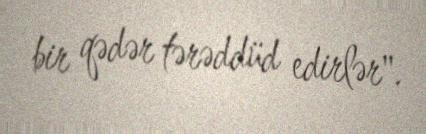
bir qədər tərəddüd edirlər".